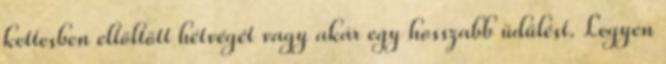
kettesben eltöltött hétvégét vagy akár egy hosszabb üdülést. Legyen